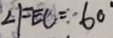
\angle F E C = 6 0 ^ { \circ }